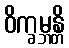
ဝိက္ခမ္ဘန္တိ